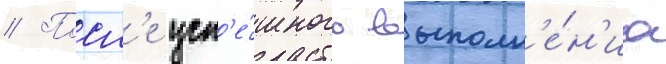
// Посл'е усп'е́шного выполн'е́н'иа